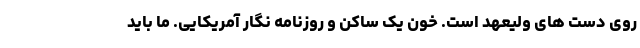
روی دست های ولیعهد است. خون یک ساکن و روزنامه نگار آمریکایی. ما باید